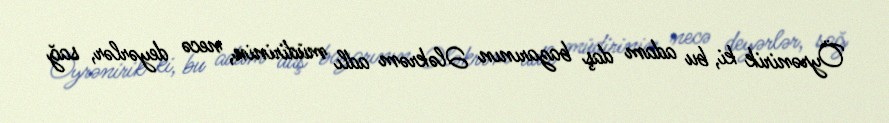
Öyrənirik ki, bu adam daş bazarının Ələkrəm adlı müdirinin, necə deyərlər, sağ